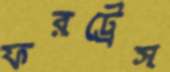
ফরট্রেস